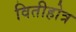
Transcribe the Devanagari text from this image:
वितीहोत्र